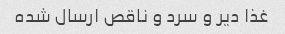
غذا دیر و سرد و ناقص ارسال شده